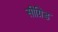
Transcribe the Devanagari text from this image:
सीग्रिड